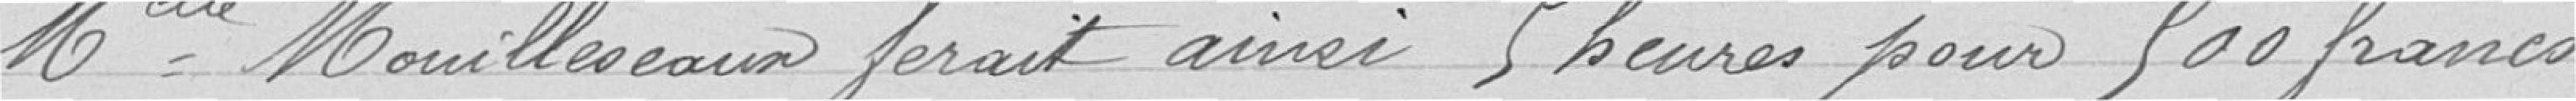
Mlle Mouilleseaux ferait ainsi 5 heures pour 500 francs